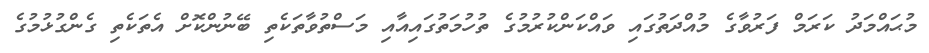
މުޙައްމަދު ކަރަމް ފަރުވާގެ މުއްދަތުގައި ވައްކަންކުރުމުގެ ތުހުމަތުގައިއާއި މަސްތުވާތަކެތި ބޭނުންކޮށް އެތަކެތި ގެންގުޅުމުގެ